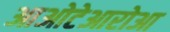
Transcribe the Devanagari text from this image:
आओटेआरोआ